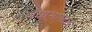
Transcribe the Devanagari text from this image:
जंघाभागात